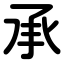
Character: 承